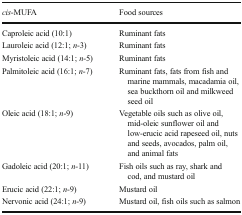
| cis-MUFA | Food sources |
 | --- | --- |
 | Caproleic acid (10:1) | Ruminant fats |
 | Lauroleic acid (12:1; n-3) | Ruminant fats |
 | Myristoleic acid (14:1; n-5) | Ruminant fats |
 | Palmitoleic acid (16:1; n-7) | Ruminant fats, fats from fish and marine mammals, macadamia oil, sea buckthorn oil and milkweed seed oil |
 | Oleic acid (18:1; n-9) | Vegetable oils such as olive oil, mid-oleic sunflower oil and low-erucic acid rapeseed oil, nuts and seeds, avocados, palm oil, and animal fats |
 | Gadoleic acid (20:1; n-11) | Fish oils such as ray, shark and cod, and mustard oil |
 | Erucic acid (22:1; n-9) | Mustard oil |
 | Nervonic acid (24:1; n-9) | Mustard oil, fish oils such as salmon |